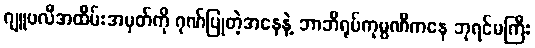
ဂျူဗလီအထိမ်းအမှတ်ကို ဂုဏ်ပြုတဲ့အနေနဲ့ ဘာဘီရုပ်ကုမ္ပဏီကနေ ဘုရင်မကြီး